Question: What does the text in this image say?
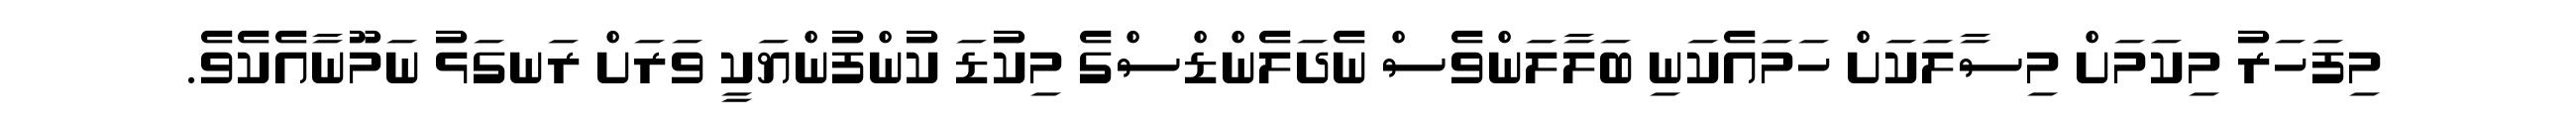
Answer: މިފަހަރު މިކަމަށް މިސާލަކަށް ހަމައެކަނި ބަލާލަންވެސް ނެދަލެންޑްސްގެ މިކުޑަ ކުންފުންޔަކީ ވަރަށް ރަނގަޅު ނަމޫނާއެކެވެ.